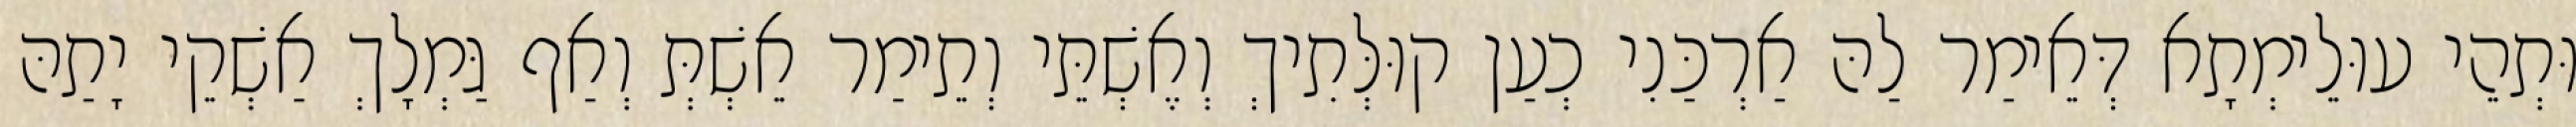
וּתְהֵי עוּלֵימְתָא דְּאֵימַר לַהּ אַרְכַּנִי כְעַן קוּלְּתִיךְ וְאֶשְׁתֵּי וְתֵימַר אֵשְׁתְּ וְאַף גַּמְלָךְ אַשְׁקֵי יָתַהּ